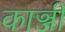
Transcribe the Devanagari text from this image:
काञ्जी